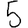
Digit: 5